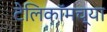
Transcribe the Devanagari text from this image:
टेलिकॉमच्या